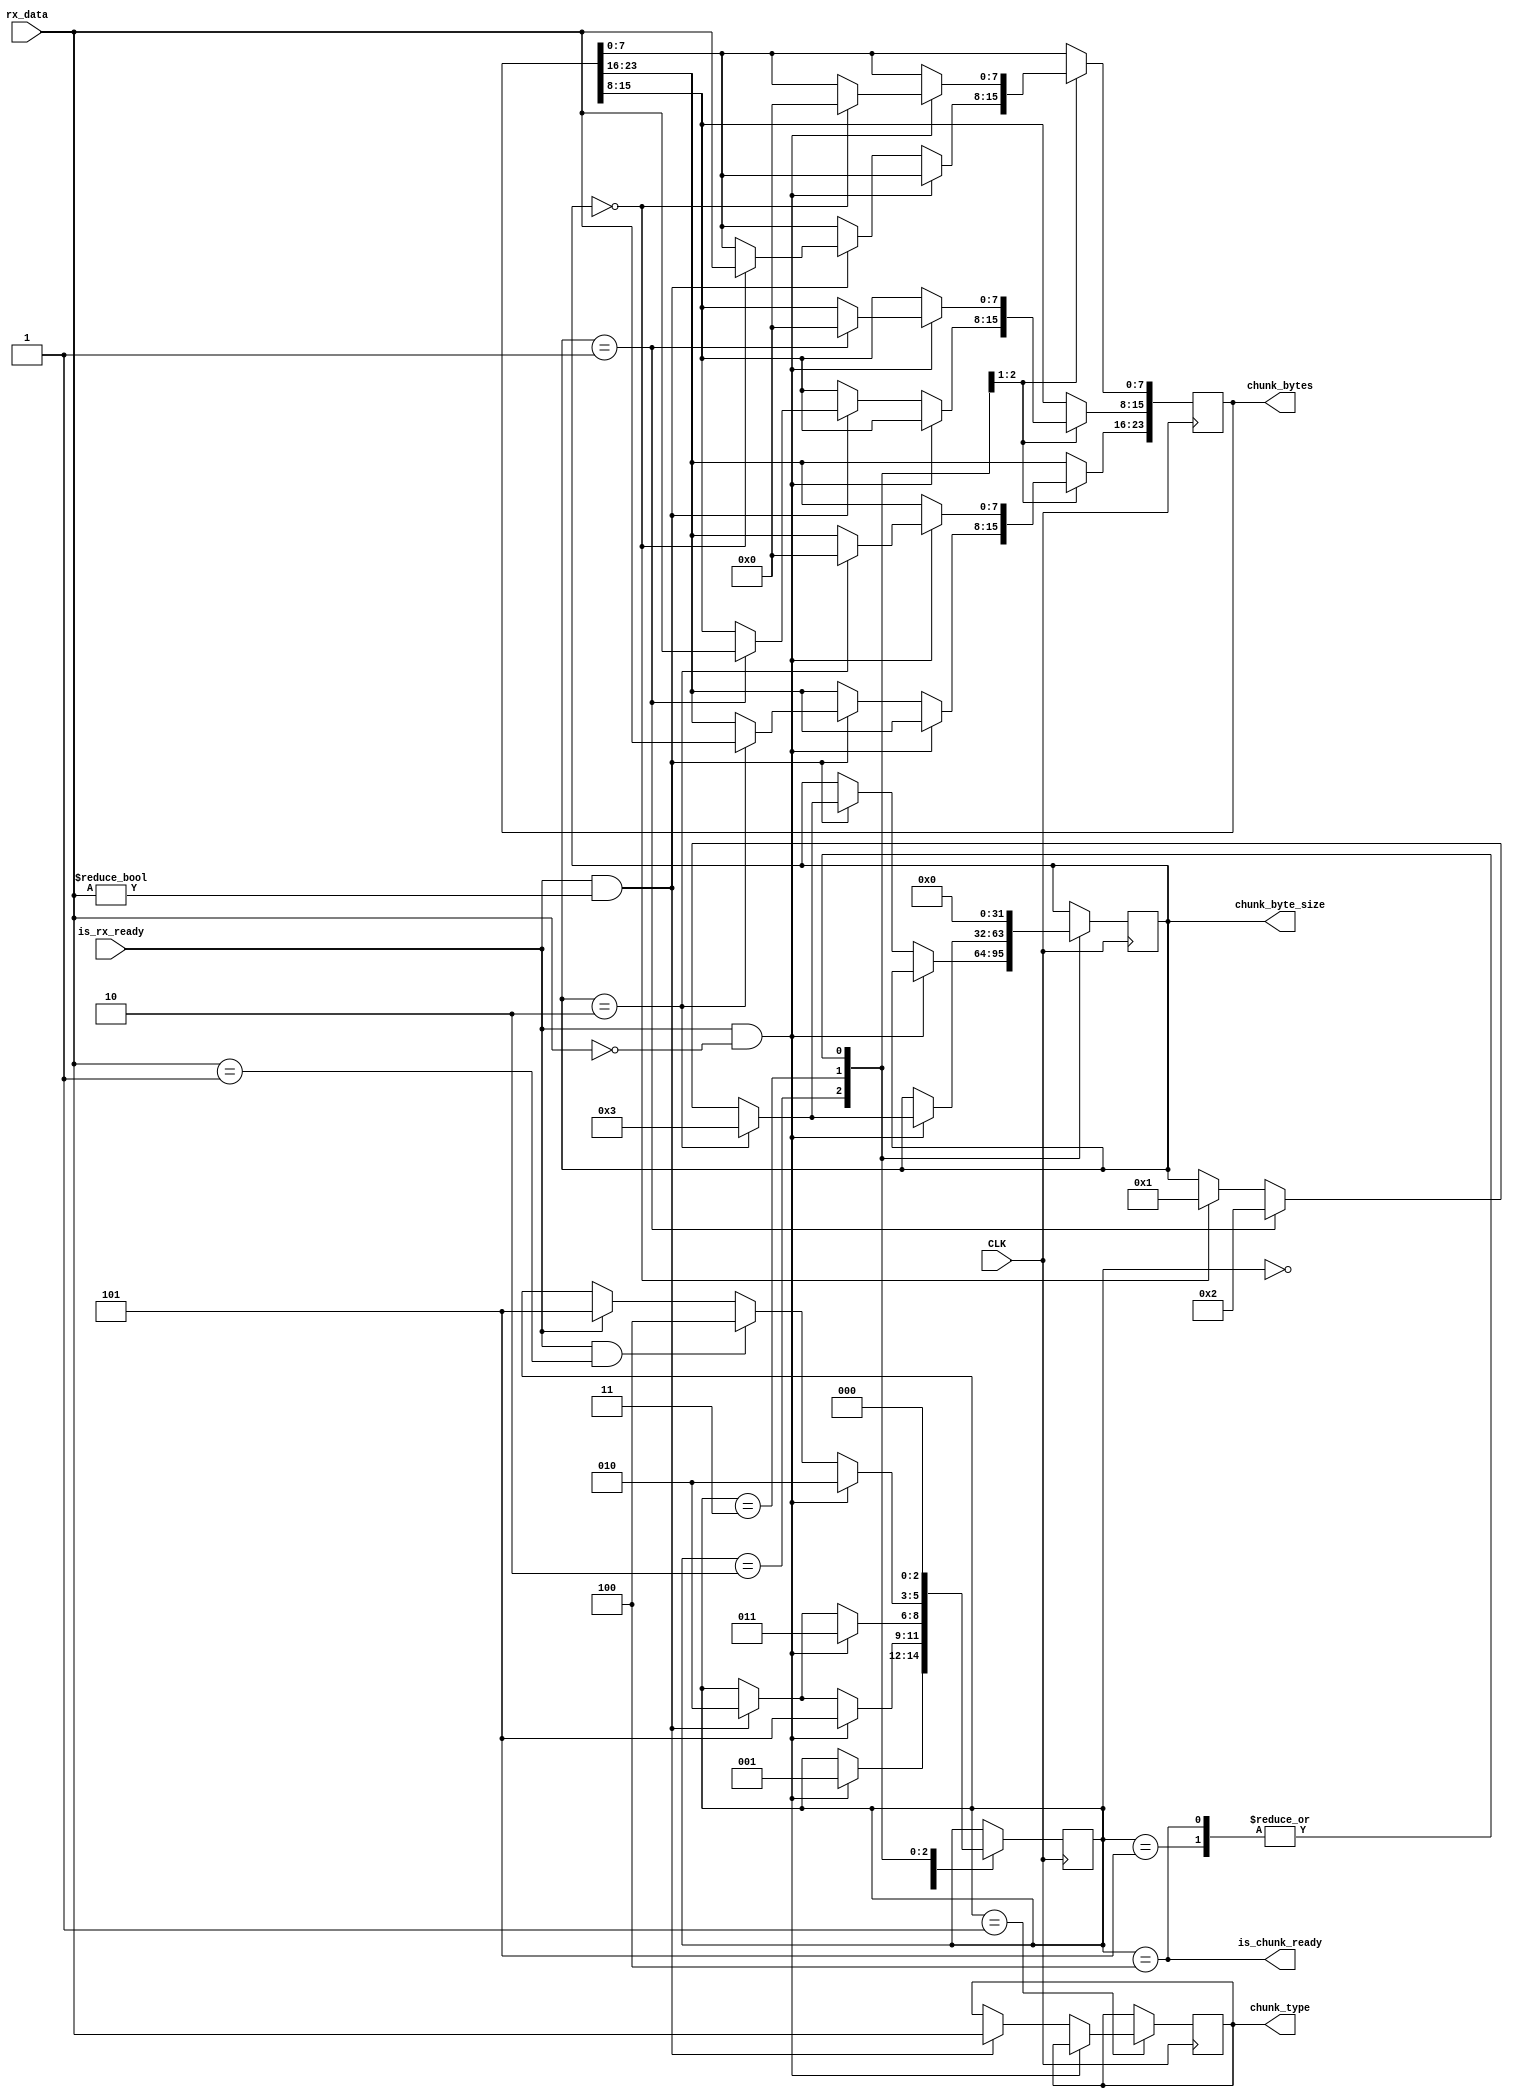
// Buffer-based typed chunk receiver

// - The complementary counterpart to UART TX Typed Chunker
// - Parses binary streams for byte chunks
// - Decodes an identifier for every byte chunk parsed from the stream
// - For more info see uart_tx_typed_chunker.v

module uart_rx_typed_chunker #(
	// The size of the chunk in bytes (maximum chunk size essentially)
	parameter CONTENT_BUFFER_BYTE_SIZE = 3,
	// How many bits needed to index the whole buffer
	parameter CONTENT_BUFFER_INDEX_SIZE = 32
)(
	// Clock pin
	input CLK,
	// Received serial data
	input [7:0] rx_data,
	// Is data recently received
	input is_rx_ready,

	// The type of chunk that we've read 
	output [7:0] chunk_type,
	// The chunk byte content
	output [(CONTENT_BUFFER_BYTE_SIZE * 8) - 1:0] chunk_bytes,
	// The amount of bytes in the chunk
	output [CONTENT_BUFFER_INDEX_SIZE - 1:0] chunk_byte_size,
	// Has the chunk been succesfully read
	output is_chunk_ready
);
	// Have we finished reading the chunk
	reg r_is_chunk_done = 0;
	// What is the chunk type?
	reg [7:0] r_chunk_type = 0;
	// What are the contents of the chunk
	reg [(CONTENT_BUFFER_BYTE_SIZE * 8) - 1:0] r_chunk_bytes = 0;
	// Next writable index
	reg [CONTENT_BUFFER_INDEX_SIZE - 1:0] r_next_byte_index = 0;

	// FSM states
	parameter R_CHUNKER_STATE_SIZE = 3;
	parameter R_CHUNKER_IDLE = 0;
	parameter R_CHUNKER_READING_TYPE = 1;
	parameter R_CHUNKER_READING_BYTE = 2;
	parameter R_CHUNKER_READING_ESCAPED_BYTE = 3;
	parameter R_CHUNKER_FINISHED_CHUNK = 4; // success
	parameter R_CHUNKER_PARSE_ERROR = 5;	// failure
	reg [R_CHUNKER_STATE_SIZE - 1:0] r_chunker_state = R_CHUNKER_IDLE;

	// Copy the data when it's been read
	integer buffer_iterator = 0;
	always @(posedge CLK)
	begin
		case (r_chunker_state)
			R_CHUNKER_IDLE: begin
				if (is_rx_ready == 1 && rx_data == 0) begin
					r_chunker_state <= R_CHUNKER_READING_TYPE;
				end
			end
			R_CHUNKER_READING_TYPE: begin
				if (is_rx_ready == 1 && rx_data == 0) begin
					// A type of 0x00 is invalid (it's reserved for null-bytes)
					r_chunker_state <= R_CHUNKER_PARSE_ERROR;
				end else if (is_rx_ready == 1 && rx_data != 0) begin
					r_chunk_type <= rx_data;
					r_chunker_state <= R_CHUNKER_READING_BYTE;
				end
			end
			R_CHUNKER_READING_BYTE: begin
				if (is_rx_ready == 1 && rx_data == 0) begin
					r_chunker_state <= R_CHUNKER_READING_ESCAPED_BYTE;
				end else if (is_rx_ready == 1 && rx_data != 0) begin
					// At compile-time this is parsed as a template essentially 
					// and is then expanded into just a large list of if's w/ hardcoded indices from 0 to CONTENT_BUFFER_BYTE_SIZE
					// a better solution would be to use memory for this, but there's a time and place for everything  
					for (buffer_iterator = 0; buffer_iterator < CONTENT_BUFFER_BYTE_SIZE; buffer_iterator = buffer_iterator + 1)
						if (r_next_byte_index == buffer_iterator) begin
							// Write rx_data at the chunk buffer index
							r_chunk_bytes[buffer_iterator * 8 +: 8] <= rx_data;
							r_next_byte_index <= buffer_iterator + 1;
						end

					r_chunker_state <= R_CHUNKER_READING_BYTE;
				end
			end
			R_CHUNKER_READING_ESCAPED_BYTE: begin
				if (is_rx_ready == 1 && rx_data == 0) begin
					// At compile-time this is parsed as a template essentially 
					// and is then expanded into just a large list of if's w/ hardcoded indices from 0 to CONTENT_BUFFER_BYTE_SIZE
					// a better solution would be to use memory for this, but there's a time and place for everything  
					for (buffer_iterator = 0; buffer_iterator < CONTENT_BUFFER_BYTE_SIZE; buffer_iterator = buffer_iterator + 1)
						if (r_next_byte_index == buffer_iterator) begin
							// Write a null-byte at the chunk buffer index
							r_chunk_bytes[buffer_iterator * 8 +: 8] <= 0;
							r_next_byte_index <= buffer_iterator + 1;
						end

					r_chunker_state <= R_CHUNKER_READING_BYTE;
				end else if (is_rx_ready == 1 && rx_data == 1) begin
					// We've read an escaped end-of-chunk
					r_chunker_state <= R_CHUNKER_FINISHED_CHUNK;
				end else if (is_rx_ready) begin
					// In the middle of a chunk the only 
					// an escaped null-byte and an end-of-chunk byte are allowed
					r_chunker_state <= R_CHUNKER_PARSE_ERROR;
				end
			end
			R_CHUNKER_FINISHED_CHUNK: begin
				// This state will bring is_ready_chunk high, then move to idle
				r_chunker_state <= R_CHUNKER_IDLE;
				r_next_byte_index <= 0;
			end
			R_CHUNKER_PARSE_ERROR: begin
				// Lets just clean up and move to idle
				r_chunker_state <= R_CHUNKER_IDLE;
				r_next_byte_index <= 0;
			end
		endcase
	end

	// Outputs
	assign chunk_type = r_chunk_type;
	assign chunk_bytes = r_chunk_bytes;
	assign chunk_byte_size = r_next_byte_index;
	assign is_chunk_ready = r_chunker_state == R_CHUNKER_FINISHED_CHUNK;
endmodule